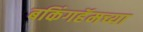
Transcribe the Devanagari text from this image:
बकिंगहॅमच्या